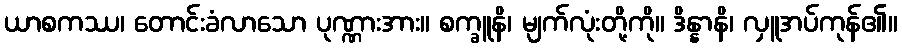
ယာစကဿ၊ တောင်းခံလာသော ပုဏ္ဏားအား။ စက္ခူနိ၊ မျက်လုံးတို့ကို။ ဒိန္နာနိ၊ လှူအပ်ကုန်၏။